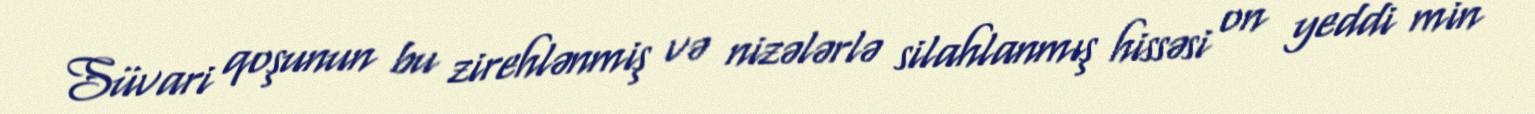
Süvari qoşunun bu zirehlənmiş və nizələrlə silahlanmış hissəsi on yeddi min